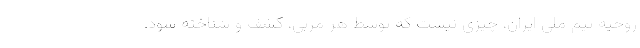
روحیه تیم ملی ایران، چیزی نیست که توسط هر مربی، کشف و شناخته شود.